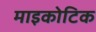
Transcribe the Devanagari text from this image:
माइकोटिक